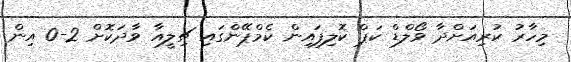
މިހާރު ކުރިއަށްދާ ވޯލްޑް ކަޕް ކޮލިފައިން ކެމްޕޭންގައި ޗިލީއާ ވާދަކޮށް 2-0 އިން